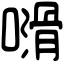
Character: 𠿭